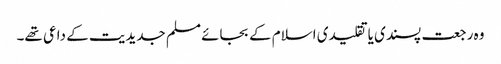
وہ رجعت پسندی یا تقلیدی اسلام کے بجائے مسلم جدیدیت کے داعی تھے۔